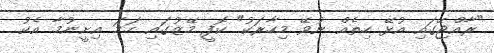
"ރާއްޖޭގައި އުޅޭ ހިތެއް ނުވޭ މިހާރަކު" ކޮފީ މޭޒުގައި ހަމަ އިށީނުމާ އެކު